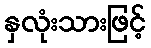
နှလုံးသားဖြင့်